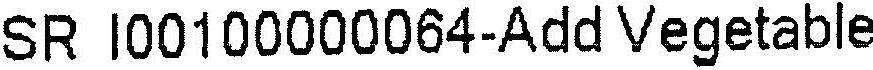
SR I00100000064-ADD VEGETABLE